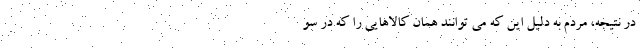
در نتیجه، مردم به دلیل این که می توانند همان کالاهایی را که در سو